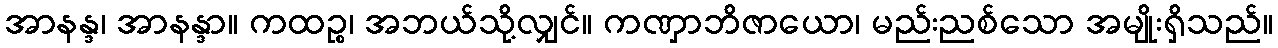
အာနန္ဒ၊ အာနန္ဒာ။ ကထဉ္စ၊ အဘယ်သို့လျှင်။ ကဏှာဘိဇာယော၊ မည်းညစ်သော အမျိုးရှိသည်။